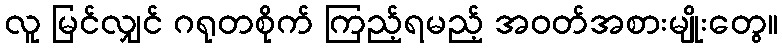
လူ မြင်လျှင် ဂရုတစိုက် ကြည့်ရမည့် အဝတ်အစားမျိုးတွေ။